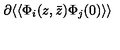
\partial \langle \langle \Phi _ { i } ( z , \bar { z } ) \Phi _ { j } ( 0 ) \rangle \rangle